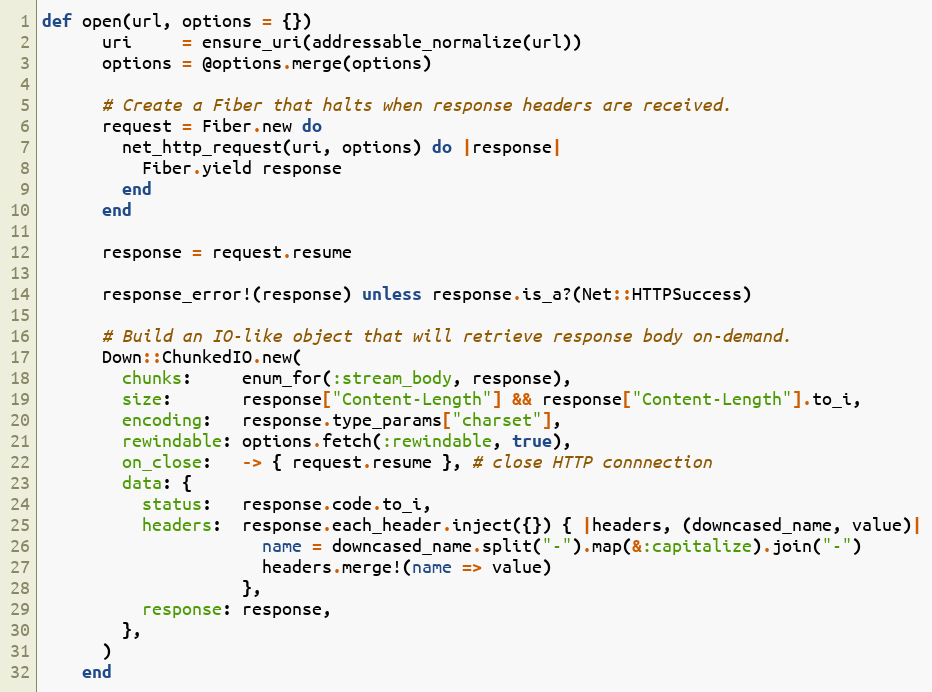
Language: Ruby
def open(url, options = {})
      uri     = ensure_uri(addressable_normalize(url))
      options = @options.merge(options)

      # Create a Fiber that halts when response headers are received.
      request = Fiber.new do
        net_http_request(uri, options) do |response|
          Fiber.yield response
        end
      end

      response = request.resume

      response_error!(response) unless response.is_a?(Net::HTTPSuccess)

      # Build an IO-like object that will retrieve response body on-demand.
      Down::ChunkedIO.new(
        chunks:     enum_for(:stream_body, response),
        size:       response["Content-Length"] && response["Content-Length"].to_i,
        encoding:   response.type_params["charset"],
        rewindable: options.fetch(:rewindable, true),
        on_close:   -> { request.resume }, # close HTTP connnection
        data: {
          status:   response.code.to_i,
          headers:  response.each_header.inject({}) { |headers, (downcased_name, value)|
                      name = downcased_name.split("-").map(&:capitalize).join("-")
                      headers.merge!(name => value)
                    },
          response: response,
        },
      )
    end